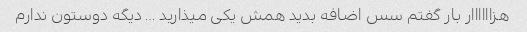
هزاااااار بار گفتم سس اضافه بدید همش یکی میذارید … دیگه دوستون ندارم